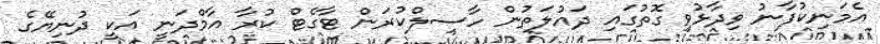
އެމަނިކުފާނު ވިދާޅުވި ގޮތުގައި ދައުލަތުން ހާސިލްކުރަން ޓާގެޓް ކުރާ އާމްދަނީ އަކީ ދުނިޔޭގެ